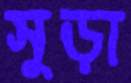
সুড়া